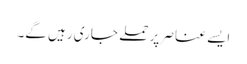
ایسے عناصر پر حملے جاری رہیں گے۔